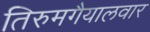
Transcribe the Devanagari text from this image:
तिरुमगैयालवार